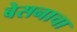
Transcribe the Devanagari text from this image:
बेसनाचा